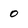
Character: 0